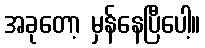
အခုတော့ မှန်နေပြီပေါ့။